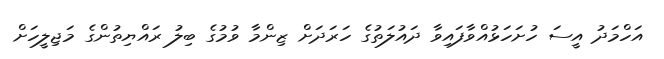
އަހްމަދު އީސަ ހުށަހަޅުއްވާފައިވާ ދައުލަތުގެ ހަރަދަށް ޒިންމާ ވުމުގެ ބިލު ރައްޔިތުންގެ މަޖިލީހަށް